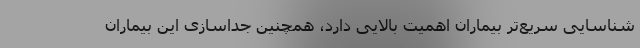
شناسایی سریع‌تر بیماران اهمیت بالایی دارد، همچنین جداسازی این بیماران